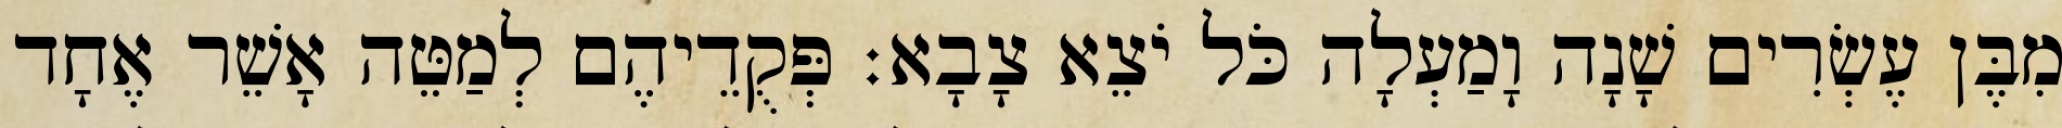
מִבֶּן עֶשְׂרִים שָׁנָה וָמַעְלָה כֹּל יֹצֵא צָבָא׃ פְּקֻדֵיהֶם לְמַטֵּה אָשֵׁר אֶחָד